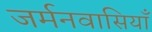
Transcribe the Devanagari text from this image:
जर्मनवासियाँ